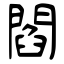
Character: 閻